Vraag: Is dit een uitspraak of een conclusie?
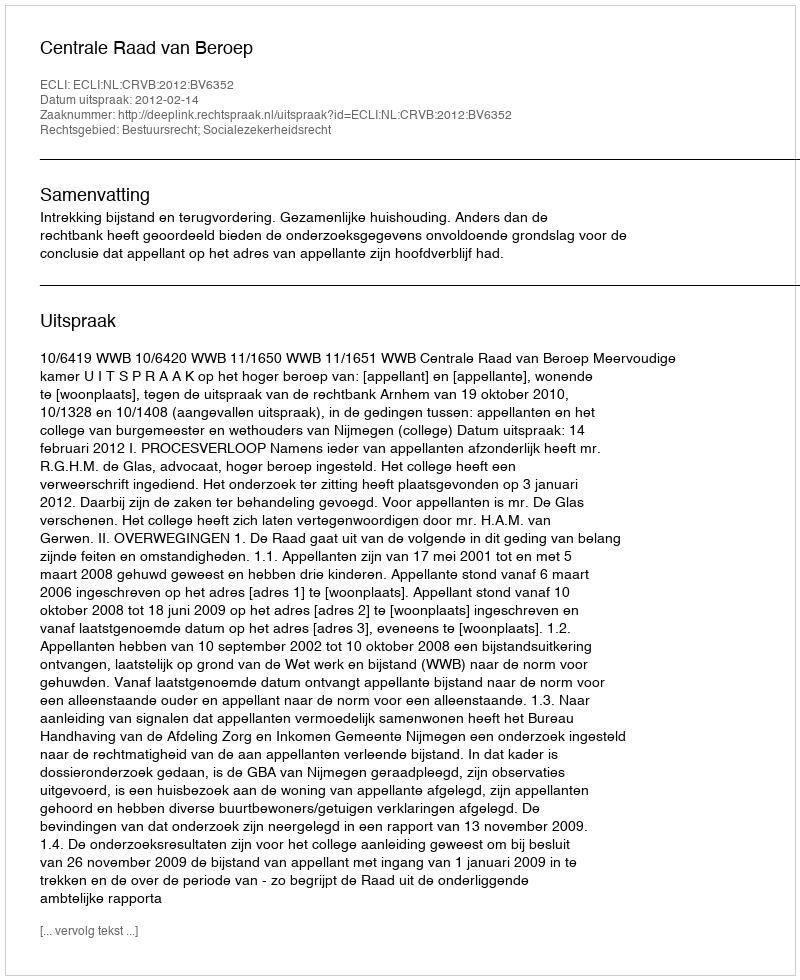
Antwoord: Uitspraak